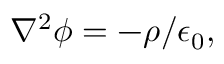
\nabla ^ { 2 } \phi = - { \rho } / { \epsilon _ { 0 } } ,